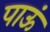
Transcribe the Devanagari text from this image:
पाऊं